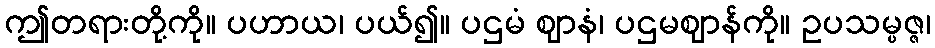
ဤတရားတို့ကို။ ပဟာယ၊ ပယ်၍။ ပဌမံ ဈာနံ၊ ပဌမဈာန်ကို။ ဥပသမ္ပဇ္ဇ၊